Leningradi_Edasi_toimetus, lk 24
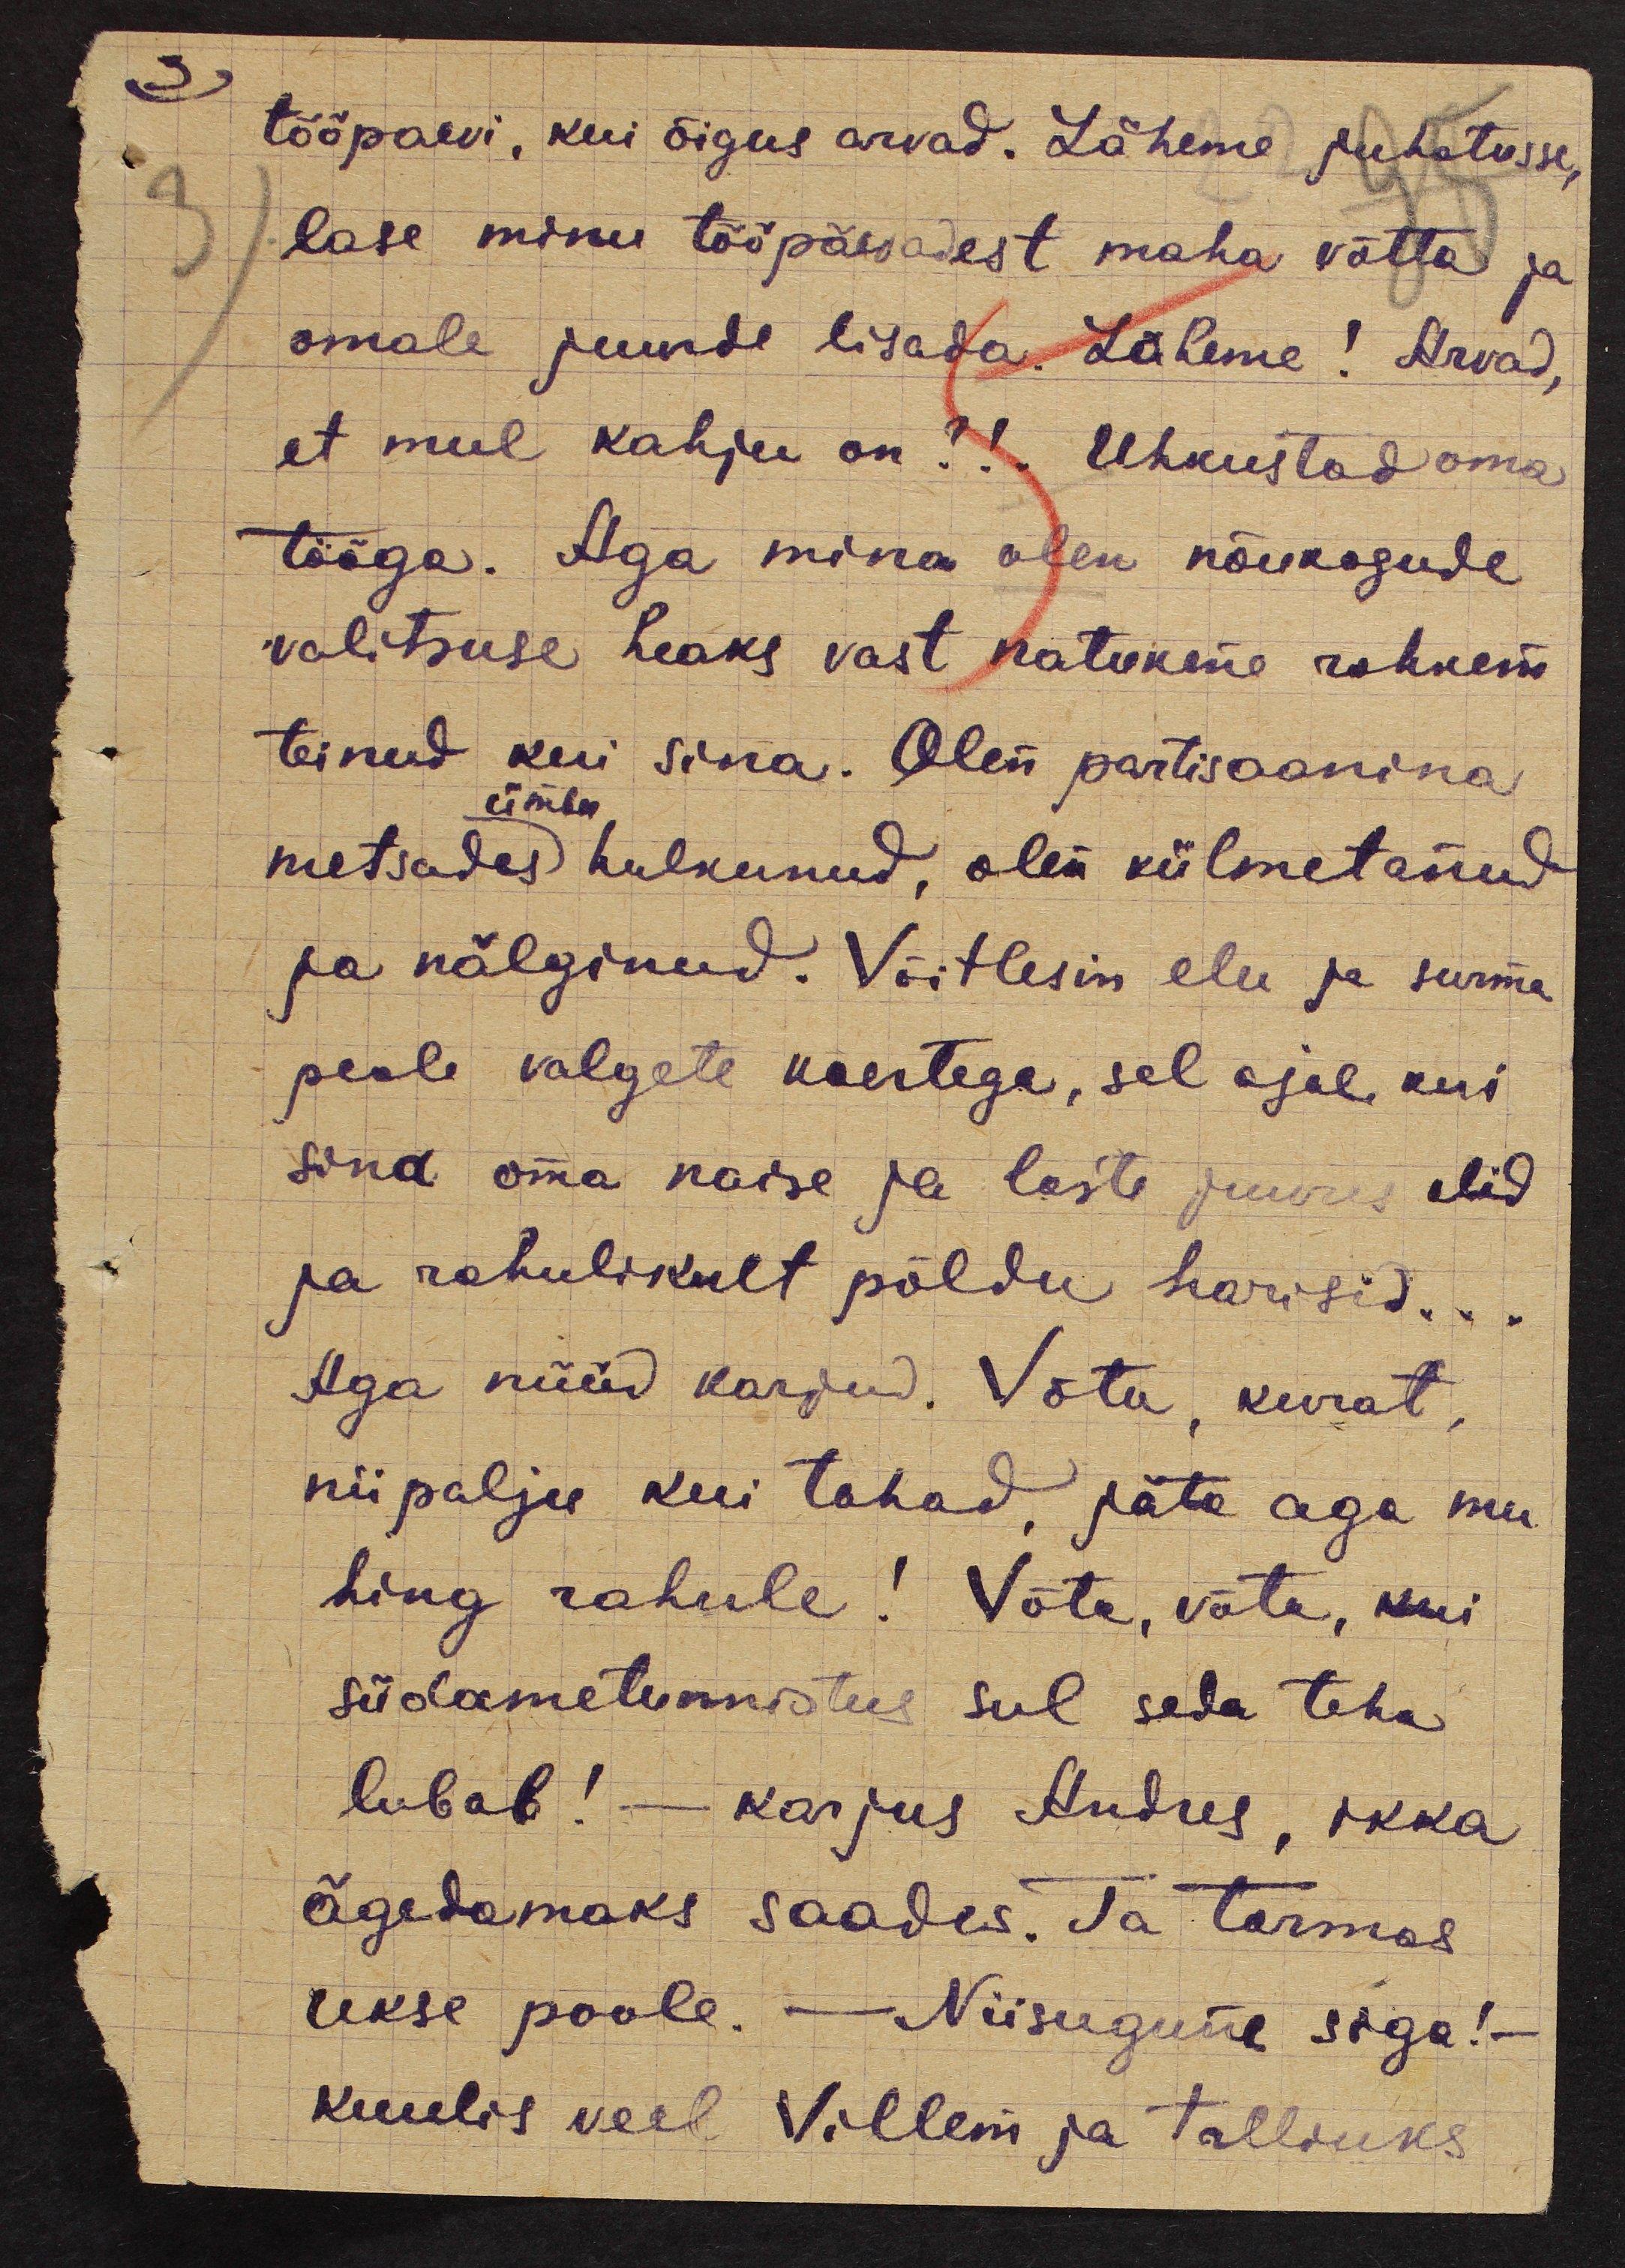
tööpäevi, kui õigus arvad. Läheme juhatusse,
lase minu tööpäevadest maha võtta ja
omale juurde lisada. Läheme! Arvad,
et mul kahju on?!. Uhkustad oma
tööga. Aga mina olen nõukogude
valitsuse heaks vast natukene rohkem
teinud kui sina. Olen partisaanina
ümber
metsades hulkunud, olen külmetanud
ja nälginud. Võitlesin elu ja surma
peale valgete koertega, sel ajal, kui
sina oma naise ja laste juures olid
ja rahulikult põldu harisid...
Aga nüüd karjud. Võta, kurat,
niipalju kui tahad, jäta aga mu
hing rahule! Võta, võta, kui
südametunnistus sul seda teha
lubab! - karjus Andres, ikka
ägedamaks saades. Ta tormas
ukse poole. - Niisugune siga! -
kuulis veel Villem ja talliuks